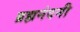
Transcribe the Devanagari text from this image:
ब्रह्मनंदनी